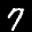
Label: 7